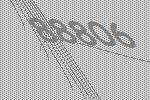
88806